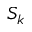
S _ { k }